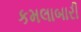
કમલાબારી